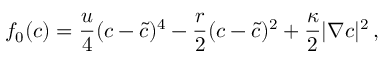
f _ { 0 } ( c ) = \frac { u } { 4 } ( c - \tilde { c } ) ^ { 4 } - \frac { r } { 2 } ( c - \tilde { c } ) ^ { 2 } + \frac { \kappa } { 2 } | \boldsymbol \nabla c | ^ { 2 } \, ,